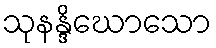
သုနန္ဒိဃောသော